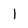
Character: 1